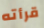
قرأته